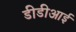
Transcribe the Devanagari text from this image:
डीडीआई